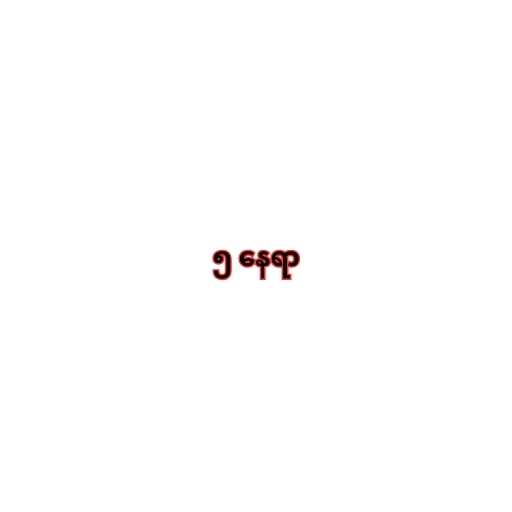
၅ နေရာ